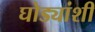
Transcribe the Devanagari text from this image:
घोड्यांशी